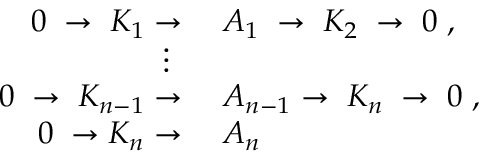
\begin{array} { r l } { 0 \; \rightarrow \; K _ { 1 } \rightarrow { } } & { { } A _ { 1 } \; \rightarrow \; K _ { 2 } \; \rightarrow \; 0 \; , } \\ { \vdots \, \, \, \, } \\ { 0 \; \rightarrow \; K _ { n - 1 } \rightarrow { } } & { { } A _ { n - 1 } \rightarrow \; K _ { n } \; \rightarrow \; 0 \; , } \\ { 0 \; \rightarrow K _ { n } \rightarrow { } } & { { } A _ { n } } \end{array}